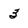
Character: 3